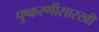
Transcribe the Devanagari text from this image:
पुष्करणीसारखी